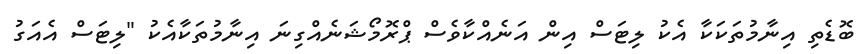
ބޮޑެތި އިނާމުތަކަކާ އެކު ލިޓަސް އިން އަނެއްކާވެސް ޕްރޮމޯޝަނެއްގިނަ އިނާމުތަކާއެކު "ލިޓަސް އެއަގު